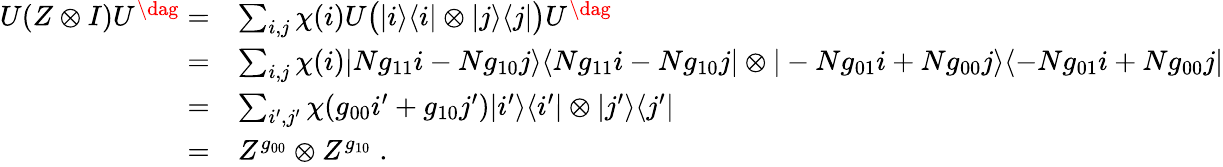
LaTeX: \begin{array}{rl}{U(Z\otimes I)U^{\dag}=}&{\sum_{i,j}\chi(i)U\big(|i\rangle\langle i|\otimes|j\rangle\langle j|\big)U^{\dag}}\\ {=}&{\sum_{i,j}\chi(i)|Ng_{11}i-Ng_{10}j\rangle\langle Ng_{11}i-Ng_{10}j|\otimes|-Ng_{01}i+Ng_{00}j\rangle\langle-Ng_{01}i+Ng_{00}j|}\\ {=}&{\sum_{i^{\prime},j^{\prime}}\chi(g_{00}i^{\prime}+g_{10}j^{\prime})|i^{\prime}\rangle\langle i^{\prime}|\otimes|j^{\prime}\rangle\langle j^{\prime}|}\\ {=}&{Z^{g_{00}}\otimes Z^{g_{10}}\; .}\end{array}